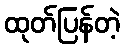
ထုတ်ပြန်တဲ့